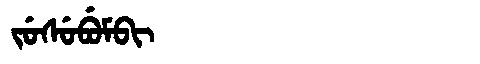
Manchu: ᠵᡠᠰᡠᠪᡠᠮᠪᡳ
Romanization: JUSUBUMBI